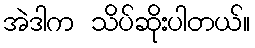
အဲဒါက သိပ်ဆိုးပါတယ်။